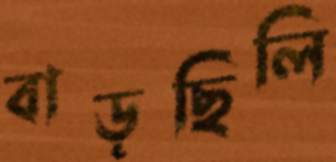
বাড়ছিলি